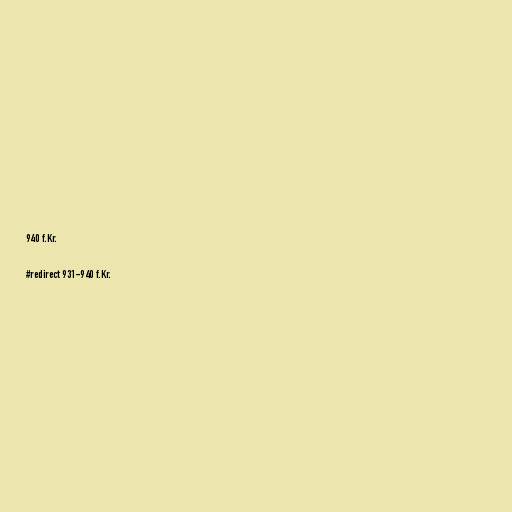
940 f.Kr.

#redirect 931-940 f.Kr.